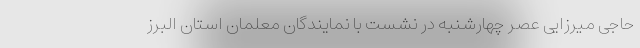
حاجی میرزایی عصر چهارشنبه در نشست با نمایندگان معلمان استان البرز